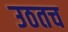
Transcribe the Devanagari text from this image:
उठतच